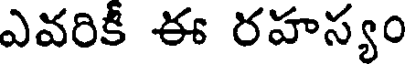
ఎవరికి ఈ రహస్యం